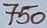
Text: 750